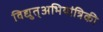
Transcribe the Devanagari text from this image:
विद्युत्अभियांत्रिकी